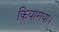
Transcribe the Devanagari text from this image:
कियागया।